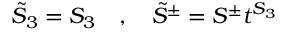
\tilde { S } _ { 3 } = S _ { 3 } \quad , \quad \tilde { S } ^ { \pm } = S ^ { \pm } t ^ { S _ { 3 } }